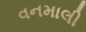
વનમાલી